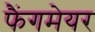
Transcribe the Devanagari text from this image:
फैंगमेयर